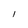
Character: l